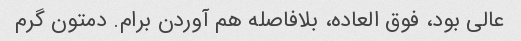
عالی بود، فوق العاده، بلافاصله هم آوردن برام. دمتون گرم